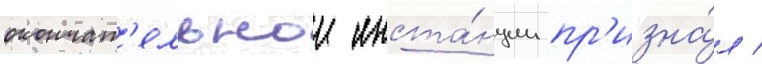
окончат'ельнои инста́нции пр'изна́л /